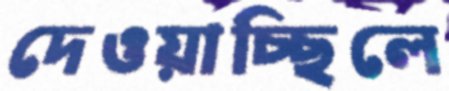
দেওয়াচ্ছিলে